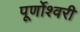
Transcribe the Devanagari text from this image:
पूर्णोश्वरी